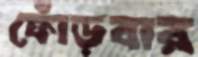
ফোঁড়বার